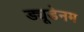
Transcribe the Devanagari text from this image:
ड्यूडेनम